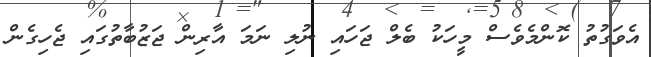
އެވަގުތު ކޮންމެވެސް މީހަކު ބެލް ޖަހައި ނުލި ނަމަ އާރިން ޖަޒުބާތުގައި ޖެހިގެން